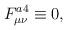
LaTeX: \begin{align*}F^{a4}_{\mu\nu} \equiv 0, \end{align*}